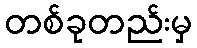
တစ်ခုတည်းမှ